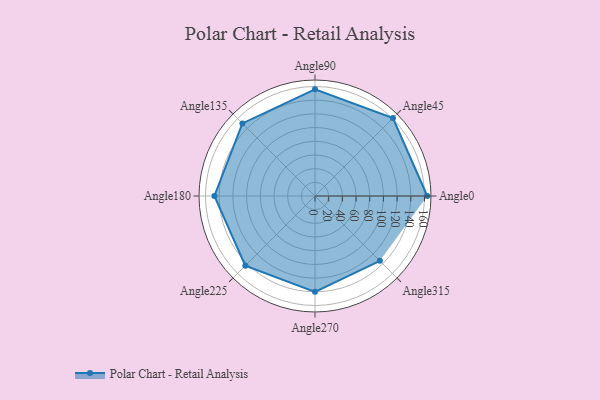
{"axis": {"x": "Angle", "y": "Radius"}, "legend": [""], "data": [{"x": "Angle0", "y": 164.0, "type": ""}, {"x": "Angle45", "y": 161.0, "type": ""}, {"x": "Angle90", "y": 156.0, "type": ""}, {"x": "Angle135", "y": 150.0, "type": ""}, {"x": "Angle180", "y": 147.0, "type": ""}, {"x": "Angle225", "y": 144.0, "type": ""}, {"x": "Angle270", "y": 140.0, "type": ""}, {"x": "Angle315", "y": 134.0, "type": ""}]}